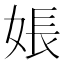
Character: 𪥽